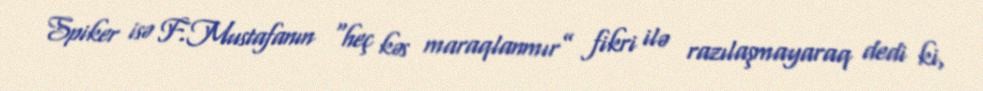
Spiker isə F.Mustafanın “heç kəs maraqlanmır” fikri ilə razılaşmayaraq dedi ki,